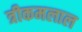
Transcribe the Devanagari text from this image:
त्रीकमलाल